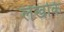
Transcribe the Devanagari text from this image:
लेखकि